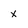
Character: x